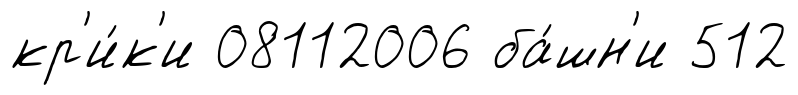
кр'и́к'и 08112006 ба́шн'и 512